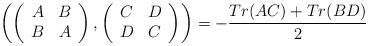
LaTeX: \begin{align*}\left(\left(\begin{array}{cc}A & B\\ B & A \end{array}\right),\left(\begin{array}{cc}C & D\\ D & C \end{array}\right)\right)=\displaystyle -\frac{Tr(AC)+Tr(BD)}{2}\end{align*}